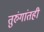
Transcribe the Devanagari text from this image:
तुरुंगांतही